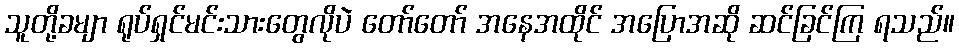
သူတို့ခမျာ ရုပ်ရှင်မင်းသားတွေလိုပဲ တော်တော် အနေအထိုင် အပြောအဆို ဆင်ခြင်ကြ ရသည်။